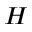
H